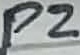
Text: P2